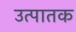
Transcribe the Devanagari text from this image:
उत्पातक